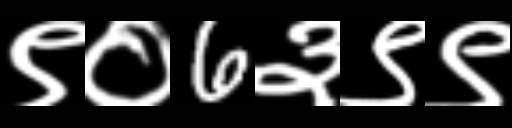
Text: ९०6३९९